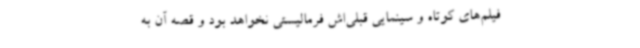
فیلم‌های کوتاه و سینمایی قبلی‌اش فرمالیستی نخواهد بود و قصه آن به